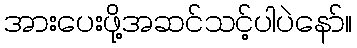
အားပေးဖို့အဆင်သင့်ပါပဲနော်။